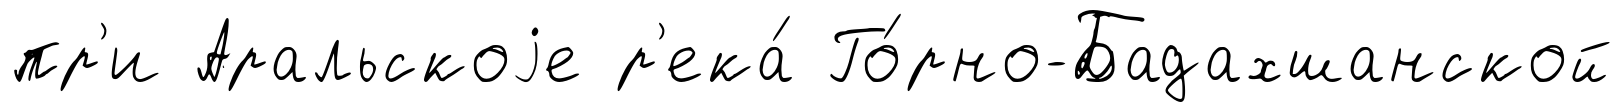
пр'и Аральскоjе р'ека́ Го́рно-Бадахшанской